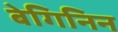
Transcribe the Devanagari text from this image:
बेगिनिन